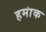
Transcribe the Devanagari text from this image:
हमांक